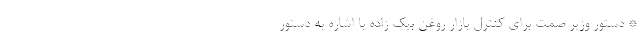
* دستور وزیر صمت برای کنترل بازار روغن بیک زاده با اشاره به دستور